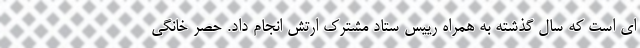
ای است که سال گذشته به همراه رییس ستاد مشترک ارتش انجام داد. حصر خانگی